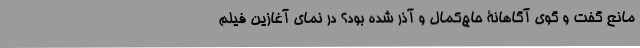
مانع گفت و گوی آگاهانۀ حاج‌کمال و آذر شده بود؟ در نمای آغازین فیلم